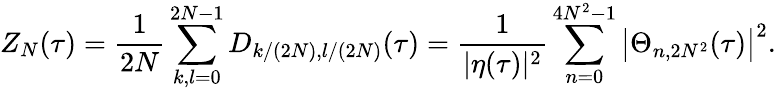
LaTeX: Z_{N}(\tau)=\frac 1{2N}\sum_{k,l=0}^{2N-1}D_{k/(2N),l/(2N)}(\tau)=\frac 1{|\eta(\tau)|^{2}}\sum_{n=0}^{4N^{2}-1}\left|\Theta_{n,2N^{2}}(\tau)\right|^{2}.